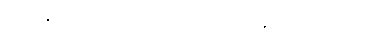
သူခံနိုင်ရည်ရှိမလဲဆိုတာကို သိချင်ခဲ့ပါတယ်။